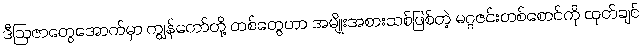
ဒီဩဇာတွေအောက်မှာ ကျွန်တော်တို့ တစ်တွေဟာ အမျိုးအစားသစ်ဖြစ်တဲ့ မဂ္ဂဇင်းတစ်စောင်ကို ထုတ်ချင်